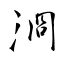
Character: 浻